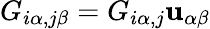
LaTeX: G_{i\alpha,j\beta}=G_{i\alpha,j}\mathbf{u}_{\alpha\beta}